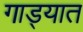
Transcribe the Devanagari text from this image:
गाड्यात